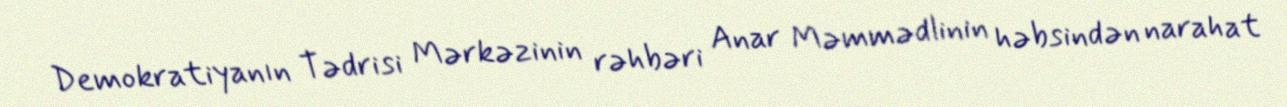
Demokratiyanın Tədrisi Mərkəzinin rəhbəri Anar Məmmədlinin həbsindən narahat